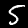
Digit: 5